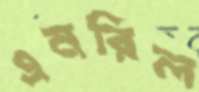
এনরিল